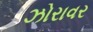
ઝોરાવર